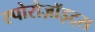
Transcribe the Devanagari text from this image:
स्पोरोज़ॉइट्स